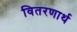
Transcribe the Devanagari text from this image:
वितरणार्थ